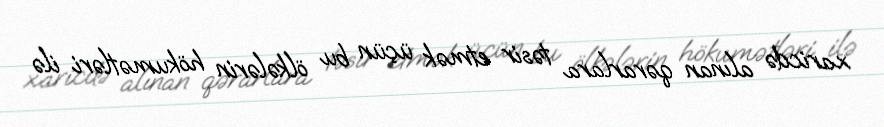
xaricdə alınan qərarlara təsir etmək üçün bu ölkələrin hökumətləri ilə